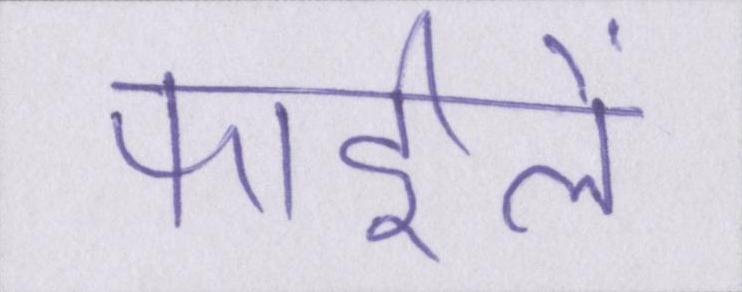
फाईलें